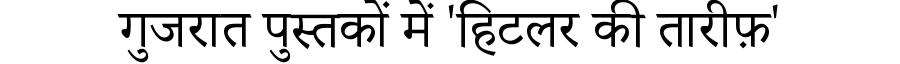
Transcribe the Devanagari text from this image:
गुजरात पुस्तकों में 'हिटलर की तारीफ़'